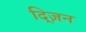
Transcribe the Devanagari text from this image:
द्ज़िन